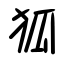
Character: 狐